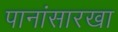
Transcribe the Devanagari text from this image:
पानांसारखा